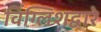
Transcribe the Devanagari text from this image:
विंग्लिशद्वारे